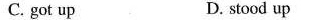
C. got up D. stood up